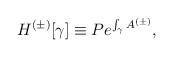
LaTeX: \begin{align*}H^{(\pm)}[\gamma] \equiv Pe^{\int_\gamma A^{(\pm)}},\end{align*}